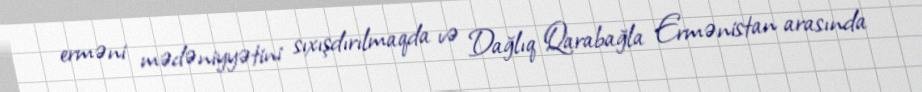
erməni mədəniyyətini sıxışdırılmaqda və Dağlıq Qarabağla Ermənistan arasında